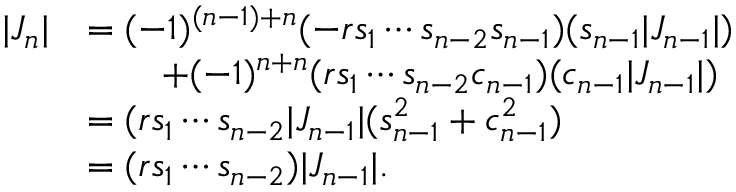
{ \begin{array} { r l } { | J _ { n } | } & { = ( - 1 ) ^ { ( n - 1 ) + n } ( - r s _ { 1 } \dotsm s _ { n - 2 } s _ { n - 1 } ) ( s _ { n - 1 } | J _ { n - 1 } | ) } \\ & { \qquad + ( - 1 ) ^ { n + n } ( r s _ { 1 } \dotsm s _ { n - 2 } c _ { n - 1 } ) ( c _ { n - 1 } | J _ { n - 1 } | ) } \\ & { = ( r s _ { 1 } \dotsm s _ { n - 2 } | J _ { n - 1 } | ( s _ { n - 1 } ^ { 2 } + c _ { n - 1 } ^ { 2 } ) } \\ & { = ( r s _ { 1 } \dotsm s _ { n - 2 } ) | J _ { n - 1 } | . } \end{array} }